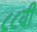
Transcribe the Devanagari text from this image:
८८वी